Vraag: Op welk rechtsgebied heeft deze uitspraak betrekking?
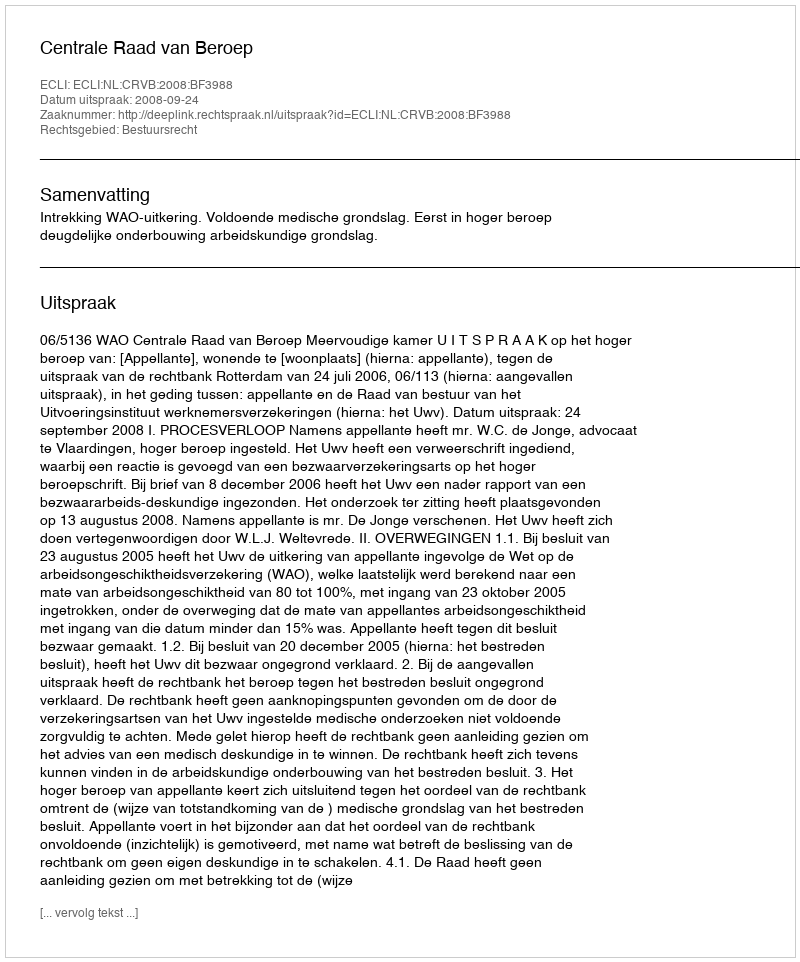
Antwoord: Bestuursrecht